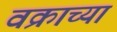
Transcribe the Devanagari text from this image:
वक्राच्या